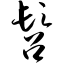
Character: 髫